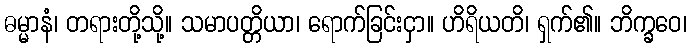
ဓမ္မာနံ၊ တရားတို့သို့။ သမာပတ္တိယာ၊ ရောက်ခြင်းငှာ။ ဟိရိယတိ၊ ရှက်၏။ ဘိက္ခဝေ၊